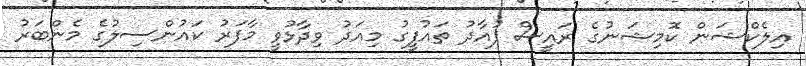
އިލެކްޝަން ކޮމިޝަނުގެ ރައީސް ފުއާދު ތައުފީގު މިއަދު ވިދާޅުވީ މާފަރު ކައުންސިލުގެ މެންބަރު